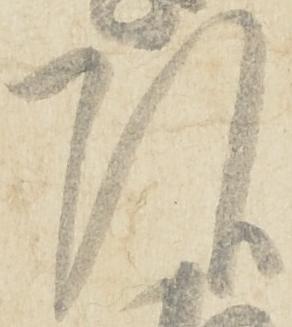
頭